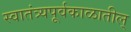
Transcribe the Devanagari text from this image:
स्वातंत्र्यपूर्वकाळातील्